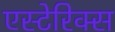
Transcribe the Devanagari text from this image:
एस्टेरिक्स